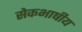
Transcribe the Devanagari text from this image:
सेेकभाषीय